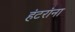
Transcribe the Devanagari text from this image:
हंटरांना